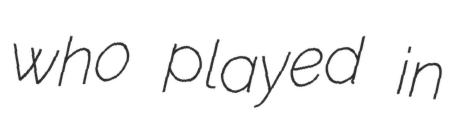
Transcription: who played in